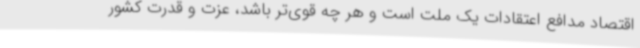
اقتصاد مدافع اعتقادات یک ملت است و هر چه قوی‌تر باشد، عزت و قدرت کشور